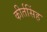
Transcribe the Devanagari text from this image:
कीर्तसिंह